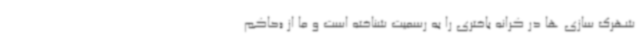
شهرک سازی ها در کرانه باختری را به رسمیت شناخته است و ما از «حاکم